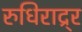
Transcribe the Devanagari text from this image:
रुधिराद्र्र